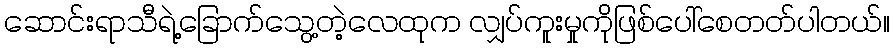
ဆောင်းရာသီရဲ့ခြောက်သွေ့တဲ့လေထုက လျှပ်ကူးမှုကိုဖြစ်ပေါ်စေတတ်ပါတယ်။